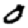
Digit: 0